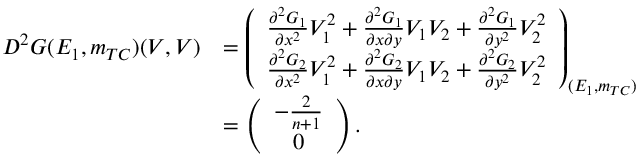
\begin{array} { r l } { D ^ { 2 } G ( E _ { 1 } , m _ { T C } ) ( V , V ) } & { = \left( \begin{array} { c } { \frac { { \partial } ^ { 2 } { G } _ { 1 } } { \partial { x } ^ { 2 } } V _ { 1 } ^ { 2 } + \frac { { \partial } ^ { 2 } { G } _ { 1 } } { \partial { x } \partial { y } } V _ { 1 } V _ { 2 } + \frac { { \partial } ^ { 2 } { G } _ { 1 } } { \partial { y } ^ { 2 } } V _ { 2 } ^ { 2 } } \\ { \frac { { \partial } ^ { 2 } { G } _ { 2 } } { \partial { x } ^ { 2 } } V _ { 1 } ^ { 2 } + \frac { { \partial } ^ { 2 } { G } _ { 2 } } { \partial { x } \partial { y } } V _ { 1 } V _ { 2 } + \frac { { \partial } ^ { 2 } { G } _ { 2 } } { \partial { y } ^ { 2 } } V _ { 2 } ^ { 2 } } \end{array} \right) _ { ( E _ { 1 } , m _ { T C } ) } } \\ & { = \left( \begin{array} { c } { - \frac { 2 } { n + 1 } } \\ { 0 } \end{array} \right) . } \end{array}